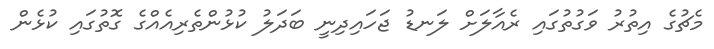
މެޗުގެ އިތުރު ވަގުތުގައި ރެއާލަށް ލަނޑު ޖަހައިދިނީ ބަދަލު ކުޅުންތެރިއެއްގެ ގޮތުގައި ކުޅެން